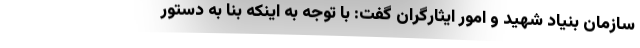
سازمان بنیاد شهید و امور ایثارگران گفت: با توجه به اینکه بنا به دستور